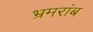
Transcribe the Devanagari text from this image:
भ्रमरांब